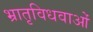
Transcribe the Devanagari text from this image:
भ्रातृविधवाओं